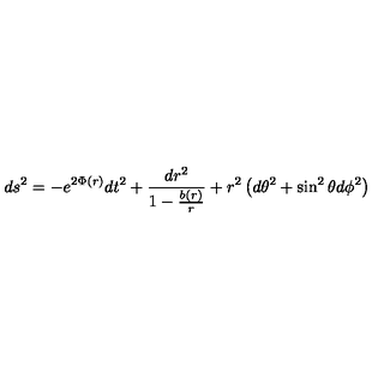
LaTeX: d s ^ { 2 } = - e ^ { 2 \Phi ( r ) } d t ^ { 2 } + \frac { d r ^ { 2 } } { 1 - \frac { b ( r ) } { r } } + r ^ { 2 } \left( d \theta ^ { 2 } + \sin ^ { 2 } \theta d \phi ^ { 2 } \right)